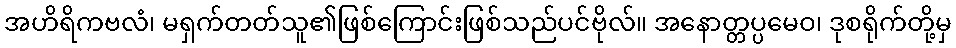
အဟိရိကဗလံ၊ မရှက်တတ်သူ၏ဖြစ်ကြောင်းဖြစ်သည်ပင်ဗိုလ်။ အနောတ္တပ္ပမေဝ၊ ဒုစရိုက်တို့မှ